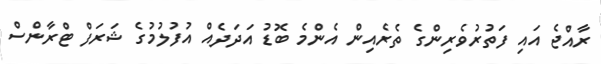
ރާއްޖެ އައި ފަތުރުވެރިންގެ ތެރެއިން އެންމެ ބޮޑު އަދަދެއް އުފުލުމުގެ ޝަރަފް ޓްރާންސް